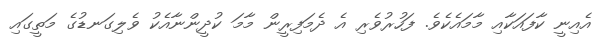
އެއިނީ ކާފައަކާއި މާމައެކެވެ. ފަހުރުވެރި އެ ދެމަފިރީން މާމަ ކުދީންނާއެކު ވެލިގަނޑުގެ މަތީގައި